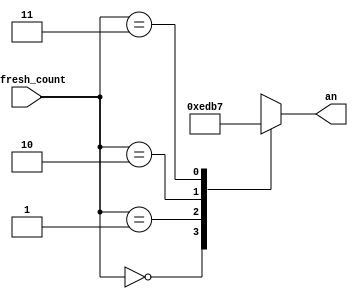
`timescale 1ns / 1ps
//////////////////////////////////////////////////////////////////////////////////
// Company: 
// Engineer: 
// 
// Design Name: 
// Module Name: Anode_control
// Project Name: 
// Target Devices: 
// Tool Versions: 
// Description: 
// 
// Dependencies: 
// 
// Revision:
// Revision 0.01 - File Created
// Additional Comments:
// 
//////////////////////////////////////////////////////////////////////////////////


module Anode_control(
    input [1:0] refresh_count,
    output reg [3:0] an
    );
    
    always@(refresh_count)
      case(refresh_count)
      
      2'b00: an =4'b1110;   
      2'b01: an =4'b1101;  
      2'b10: an =4'b1011;   
      2'b11: an =4'b0111;   
          
      
    endcase
    
endmodule